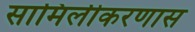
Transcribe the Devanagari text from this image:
सामिलीकरणास